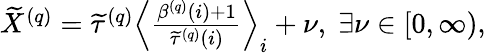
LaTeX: \begin{array}{r}{\widetilde{X}^{\left(q\right)}=\widetilde{\tau}^{\left(q\right)}\Big\langle\frac{\beta^{\left(q\right)}\left(i\right)+1}{\widetilde{\tau}^{\left(q\right)}\left(i\right)}\Big\rangle_{i}+\nu,\; \exists\nu\in\left[0,\infty\right),}\end{array}